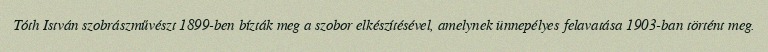
Tóth István szobrászművészt 1899-ben bízták meg a szobor elkészítésével, amelynek ünnepélyes felavatása 1903-ban történt meg.